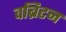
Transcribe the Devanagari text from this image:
वब्रिटन